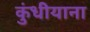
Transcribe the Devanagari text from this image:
कुंधीयाना